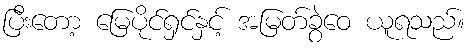
ပြီးတော့ မြေပိုင်ရှင်နှင့် အမြတ်ခွဲဝေ ယူရသည်။